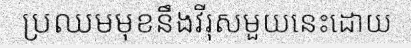
ប្រឈមមុខនឹងវីរុសមួយនេះដោយ